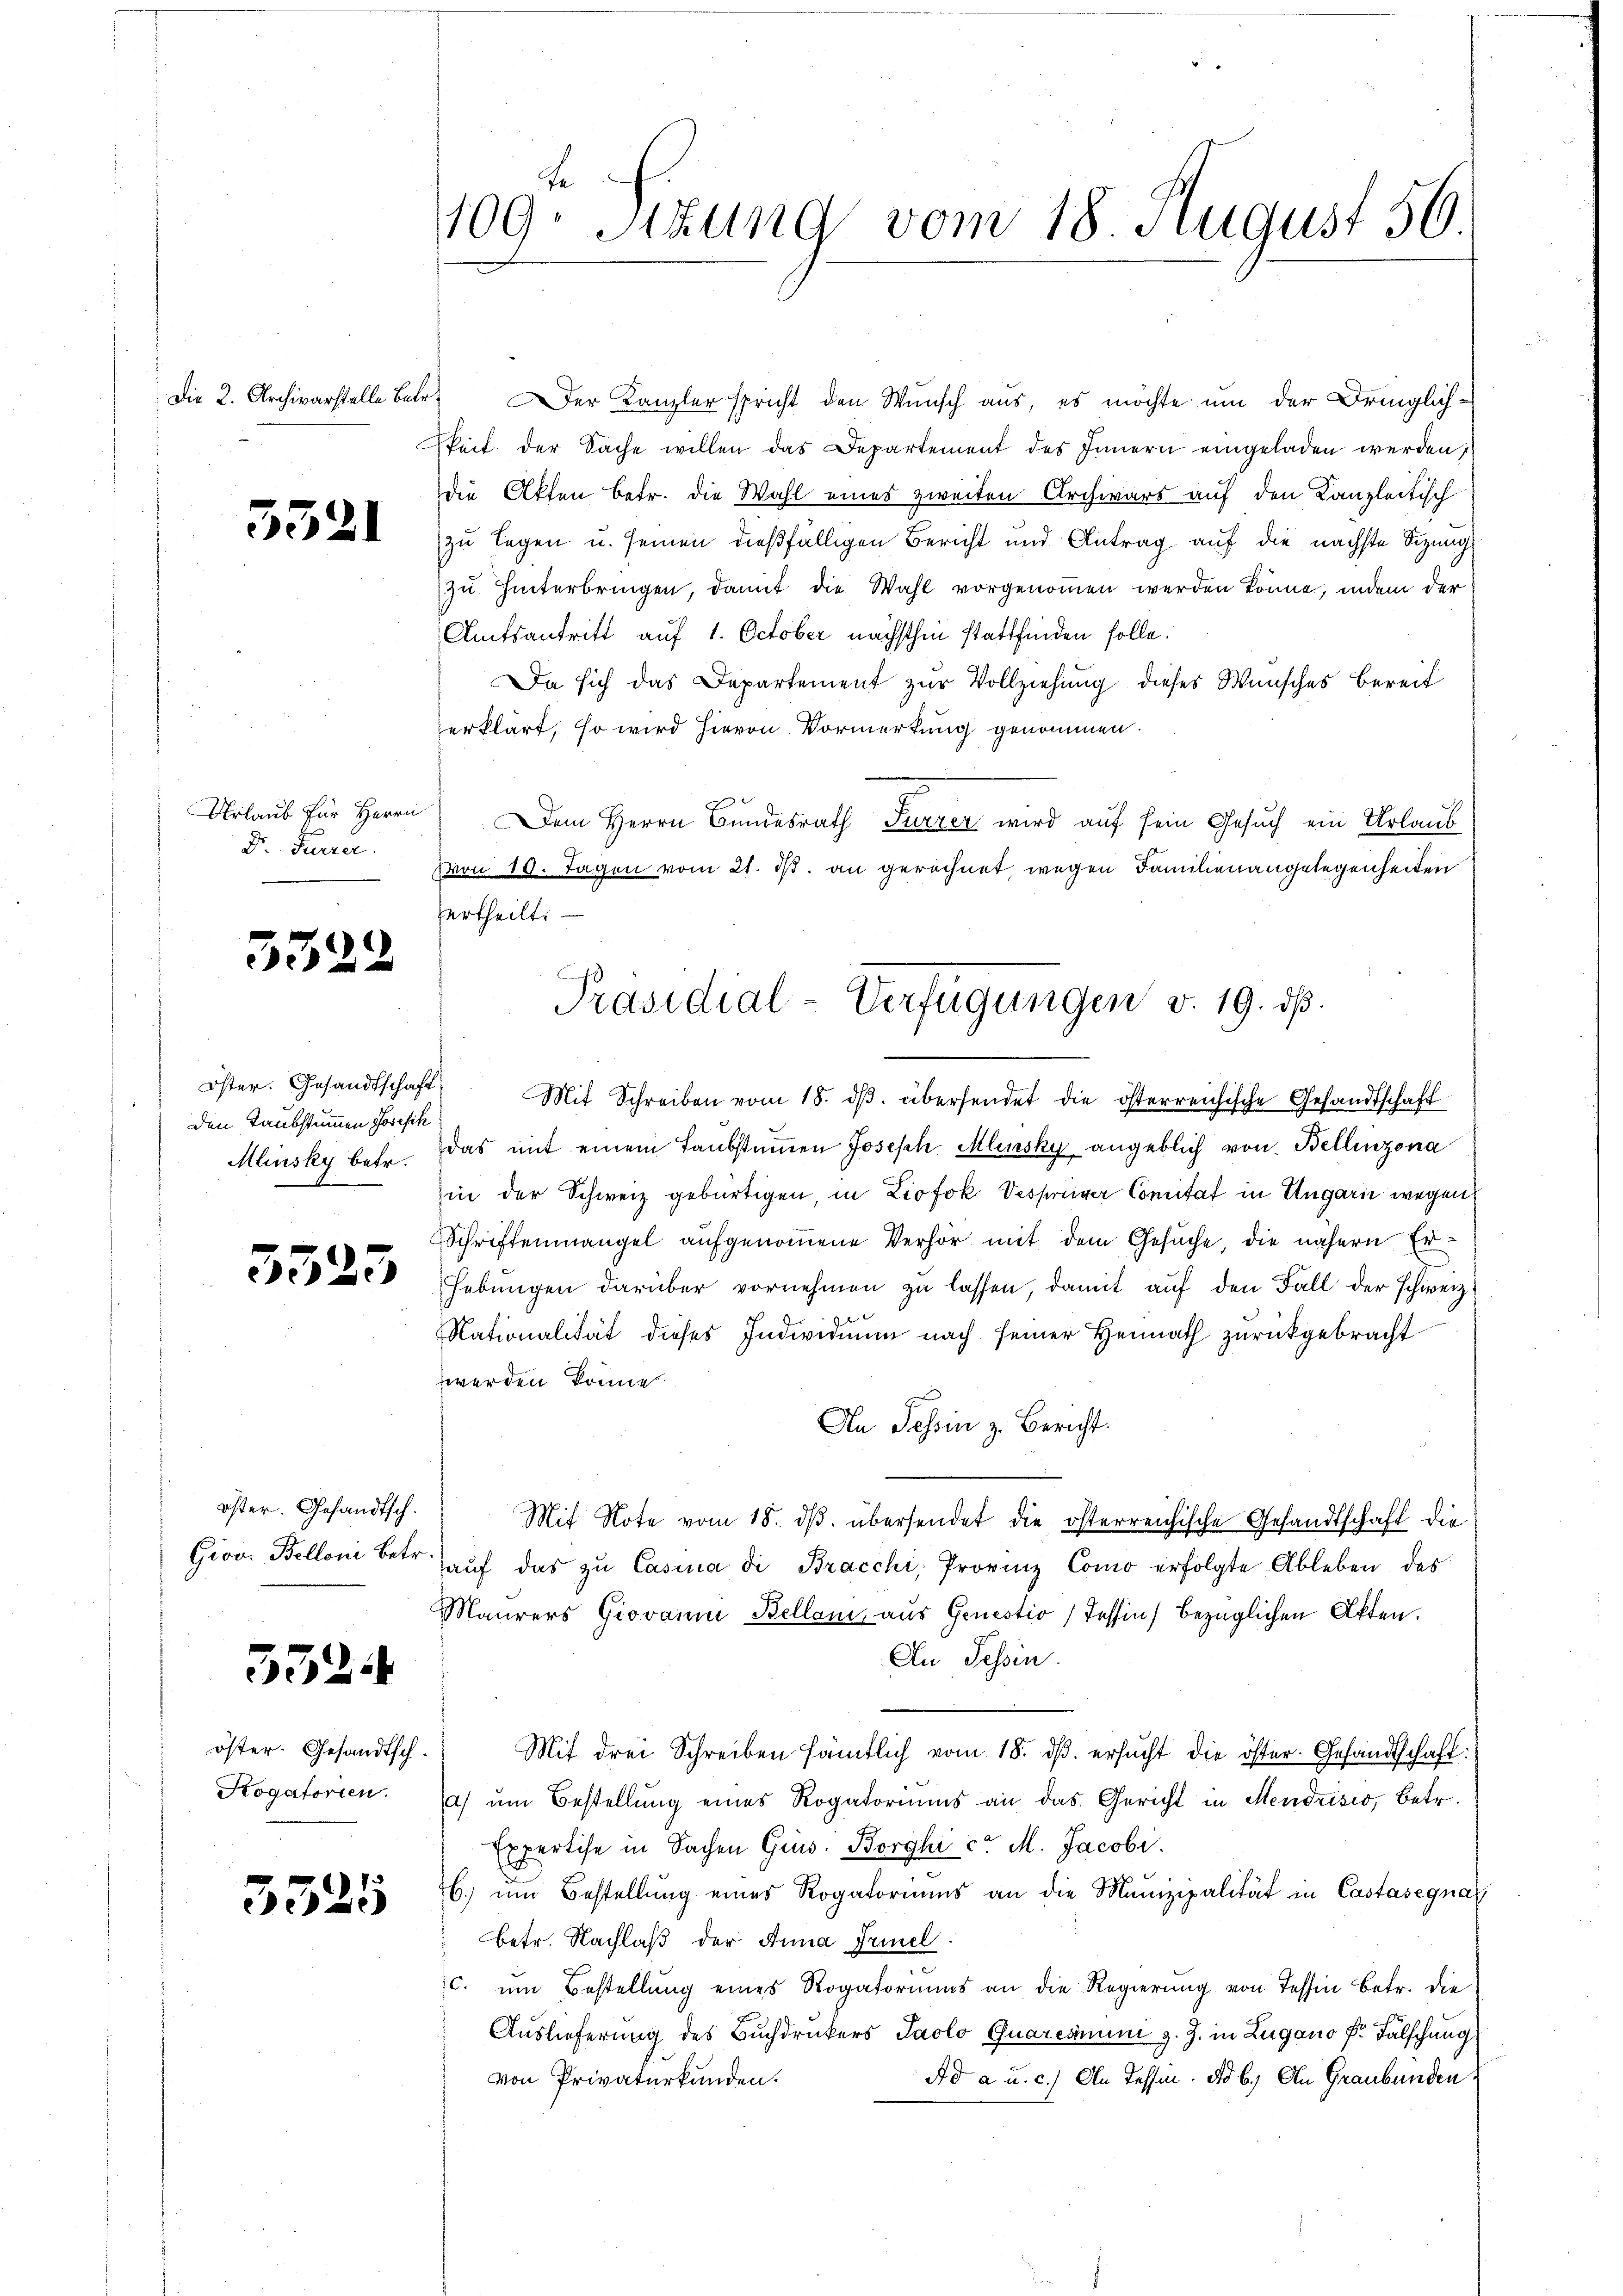
Die 2. Archivarstelle Betr.

3321

Urlaub für Herrn
Dr. Furrer.

3322

Öster. Gesandtschaft
Den Taubstummen Joseph
Mlinsky betr.

5523

öster. Gesandtsch.
Giov Belloni betr.

5324

öster. Gesandtsch.
Kogatorien.

5325

109 Sizung vom 18 August 56

Der Kanzler spricht den Wunsch aus, es möchte um der Dringlichkeit der Sache willen das Departement des Innern eingeladen werden,
die Akten betr. die Wahl eines zweiten Archivars auf den Kanzleitisch
zu legen u. seinen dießfälligen Bericht und Antrag auf die nächste Sitzung
zu hinterbringen, damit die Wahl vorgenommen werden könne, indem der
Amtsantritt auf 1. October nächsthin stattfinden solle.
Da sich das Departement zur Vollziehung dieses Wunsches bereit
erklärt, so wird hievon Vormerkung genommen.
 Mit Schreiben vom 18. dβ. übersendet die österreichische Gesandtschaft
das mit einem Taubstimmen Joseph Mlinsky angeblich von Bellinzona
in der Schweiz gebürtigen in Liofok Vesponiver Comitat in Ungarn wegen
Schriftenmangel aufgenommene Verhör mit dem Gesuche, die nähern Er¬
Hebungen darüber vornehmen zu lassen, damit auf den Fall der schweiz
Nationalität dieses Individuum nach seiner Heimath zurückgebracht
werden könne.
An Tessin z. Bericht.
Mit Note vom 18. dβ übersendet die österreichische Gesandtschaft die
aŭf das zu Casina di Bracchi, Provinz Como erfolgte Ableben des
Maurers Giovanm Bellani, aus Genestio) Tessin, bezüglichen Akten
An Tessin.
Mit drei Schreiben sämtlich vom 18. ds. ersucht die öster. Gesandtschaft:
a) um Bestellung eines Rogatoriums an das Gericht in Mendusio, betr.
Expertise in Sachen Ges. Borghica M. Jacobr.
H. um Bestellung eines Rogatoriums an die Munizipalität in Castasegna
betr. Nachlaß der Anna Trinel
c. um Bestellung eines Rogatoriums an die Regierung von Tessin betr. die
Auslieferung des Buchdruckers Paolo Quaresnum v. J. in Zugano Dr. Falschung
Ad a u. c.) An Tessin. ad b.) An Graubünden
von Privaturkunden.

Dem Herrn Bundesrath Furrer wird auf sein Gesuch ein Urlaub
von 10. Tagen vom 21. ds. an gerechnet, wegen Familienangelegenheiten
ertheilt.
Präsidial-Verfügungen v. 19. ds.